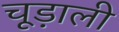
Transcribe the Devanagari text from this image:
चूड़ाली